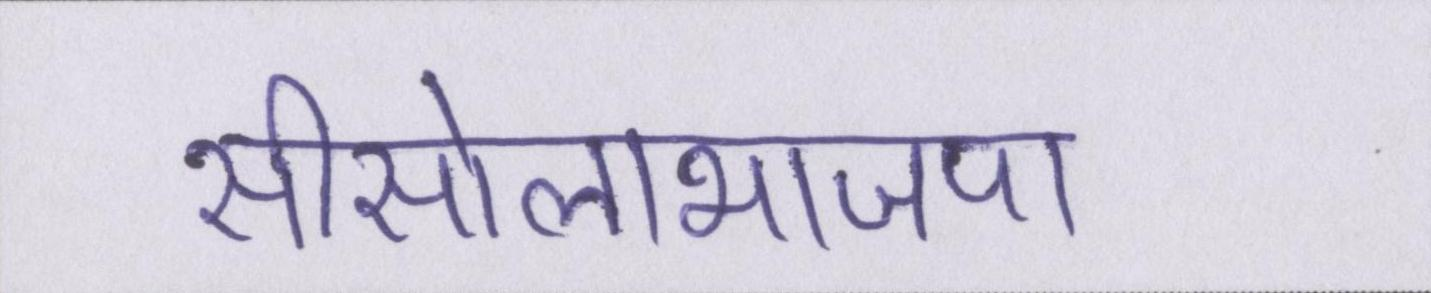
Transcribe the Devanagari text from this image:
सीसोलाभाजपा